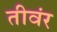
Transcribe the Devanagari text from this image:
तीवंर